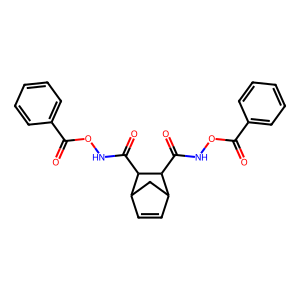
SMILES: O=C(ONC(=O)C1C2C=CC(C2)C1C(=O)NOC(=O)c1ccccc1)c1ccccc1
Inhibits HIV replication: No